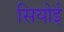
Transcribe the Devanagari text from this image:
सियोई